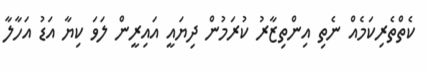
ކެތްތެރިކަމެއް ނެތި އިންތިޒާރު ކުރަމުން ދިޔައީ އައިރީން ލަވަ ކިޔާ އަޑު އަހާލާ